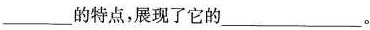
___的特点，展现了它的___。